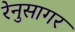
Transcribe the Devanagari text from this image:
रेनुसागर